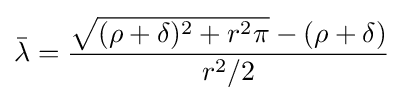
{\bar {\lambda }}={\frac {{\sqrt {(\rho +\delta )^{2}+r^{2}\pi }}-(\rho +\delta )}{r^{2}/2}}